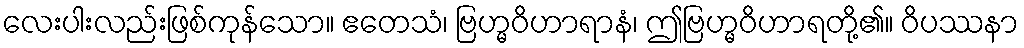
လေးပါးလည်းဖြစ်ကုန်သော။ ဧတေသံ၊ ဗြဟ္မဝိဟာရာနံ၊ ဤဗြဟ္မဝိဟာရတို့၏။ ဝိပဿနာ